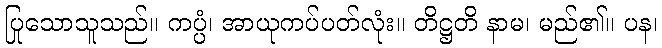
ပြုသောသူသည်။ ကပ္ပံ၊ အာယုကပ်ပတ်လုံး။ တိဋ္ဌတိ နာမ၊ မည်၏။ ပန၊